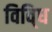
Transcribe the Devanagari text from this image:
विवि्ध